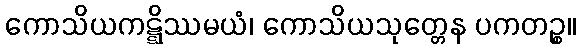
ကောသိယကဋ္ဋိဿမယံ၊ ကောသိယသုတ္တေန ပကတဉ္စ။